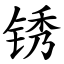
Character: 锈